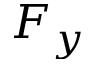
F _ { y }